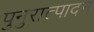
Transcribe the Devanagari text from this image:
पुनुरात्पादन